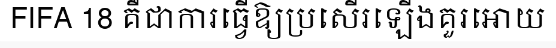
FIFA 18 គឺជាការធ្វើឱ្យប្រសើរឡើងគួរអោយ